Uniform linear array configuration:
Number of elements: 4
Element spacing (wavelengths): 0.75
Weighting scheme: kaiser
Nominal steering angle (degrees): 60
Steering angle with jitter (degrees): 60.046
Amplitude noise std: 0.05
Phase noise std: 0.05

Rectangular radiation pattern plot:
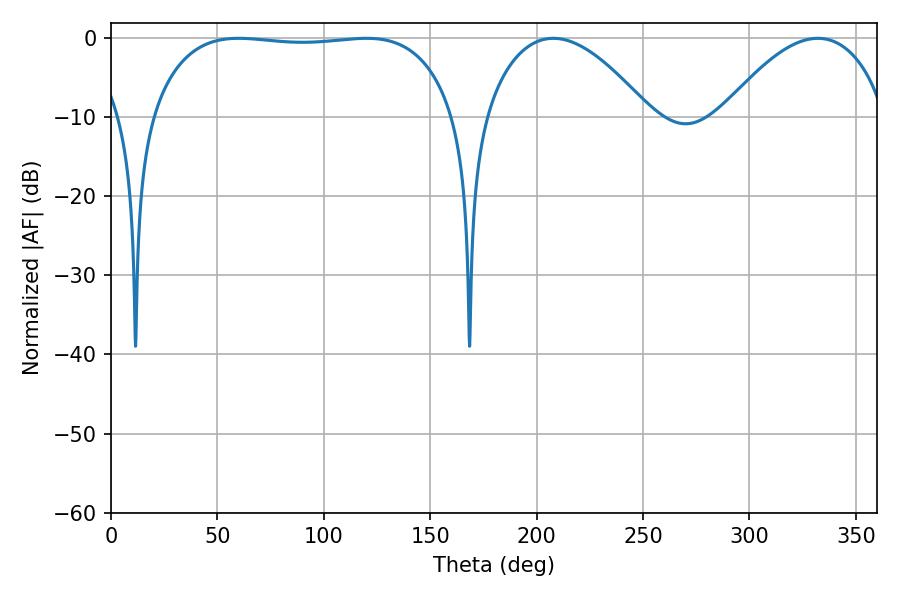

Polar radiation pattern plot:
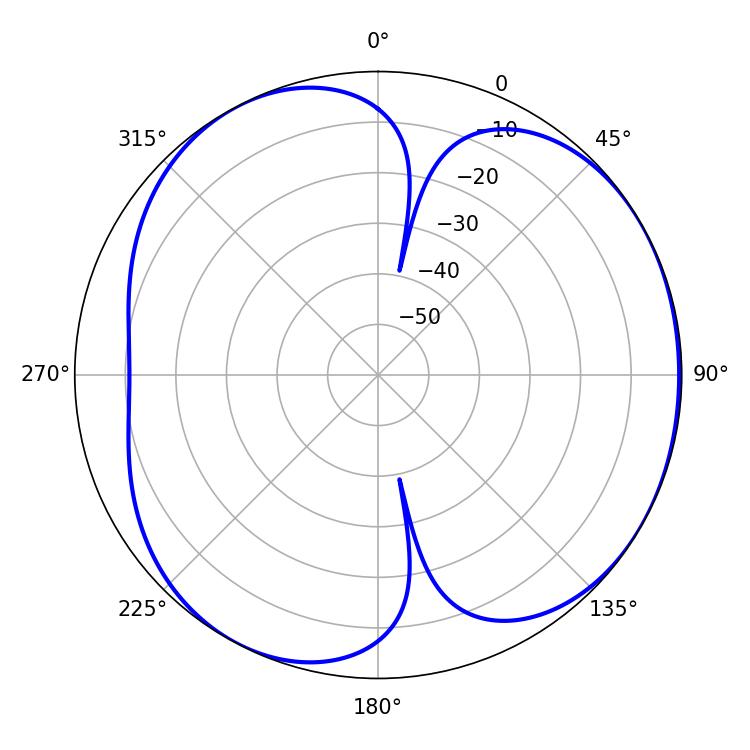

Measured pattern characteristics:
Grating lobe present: TRUE
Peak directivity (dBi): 4.349
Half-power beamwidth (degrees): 113.04
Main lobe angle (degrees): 59.94